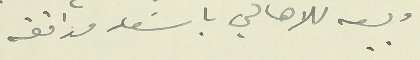
وبيعه للاهالي باسَعار موافقه